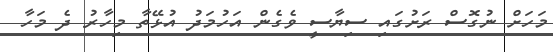
މަހަށް ނުގޮސް ރަށުގައި ސިޔާސީ ވެގެން އަހުމަދު އުޅޭތާ މިހާރު ދެ މަހާ